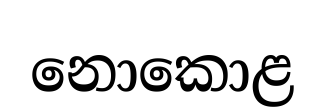
නොකොළ